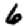
Digit: 6